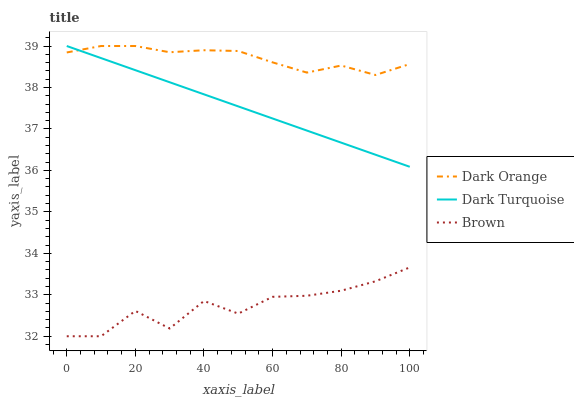
| xaxis_label | Dark Orange | Dark Turquoise | Brown |
 | --- | --- | --- | --- |
 | 0 | 38.8 | 39 | 32 |
 | 10 | 39 | 38.7 | 32 |
 | 20 | 39 | 38.4 | 32.6 |
 | 30 | 38.8 | 38.1 | 32.2 |
 | 40 | 38.9 | 37.8 | 32.9 |
 | 50 | 38.9 | 37.5 | 32.5 |
 | 60 | 38.6 | 37.3 | 33 |
 | 70 | 38.4 | 37 | 33 |
 | 80 | 38.5 | 36.7 | 33.1 |
 | 90 | 38.3 | 36.4 | 33.3 |
 | 100 | 38.6 | 36.1 | 33.7 |